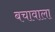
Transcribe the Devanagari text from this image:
बचावाला